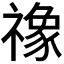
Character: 𮂚